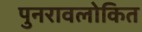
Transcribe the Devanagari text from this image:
पुनरावलोकित